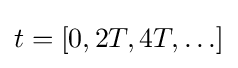
t=[0,2T,4T,\ldots ]